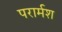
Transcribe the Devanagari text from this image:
परार्मश